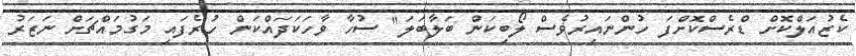
ކެޒުއަލްކޮށް ޑްރެސްކޮށްފަ ހުންނައިރުވެސް ލޯބިކަން ބަލާބަލަ" ސުހާ ވާހަކަދައްކަން ހުރެފައި މަގުމައްޗަށް ނަޒަރު